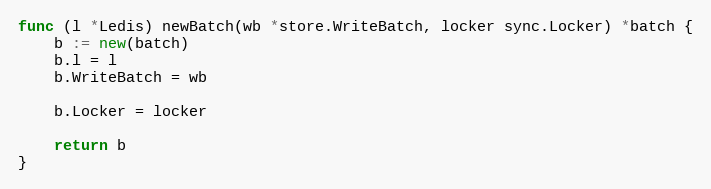
Language: Go
func (l *Ledis) newBatch(wb *store.WriteBatch, locker sync.Locker) *batch {
	b := new(batch)
	b.l = l
	b.WriteBatch = wb

	b.Locker = locker

	return b
}